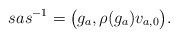
\begin{align*} sas^{-1}=\big(g_a,\rho(g_a)v_{a,0}\big).\end{align*}